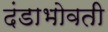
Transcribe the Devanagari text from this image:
दंडाभोवती